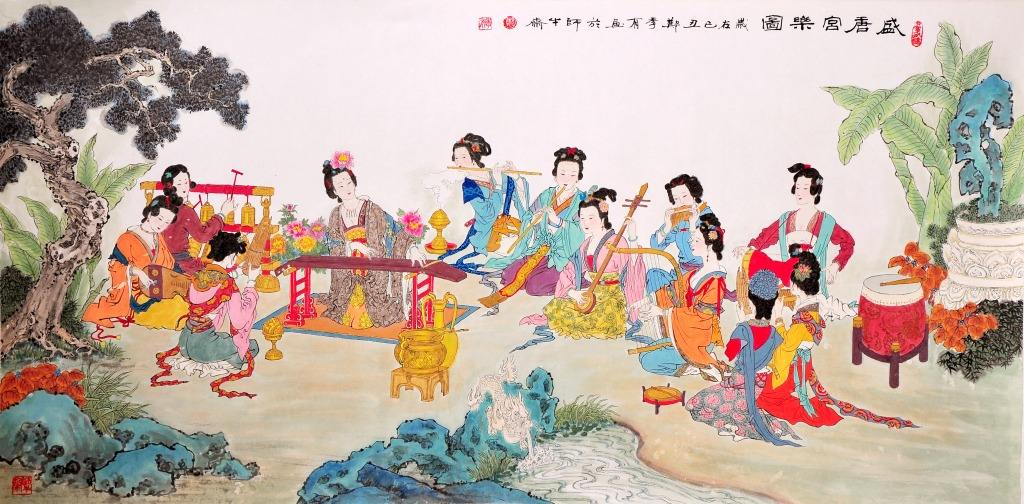
一声已动物皆静，四座无言星欲稀。